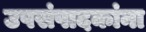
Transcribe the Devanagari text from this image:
उपसंपादकांना